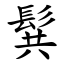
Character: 髸